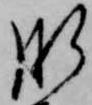
肝